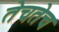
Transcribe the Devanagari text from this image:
तेचतेच